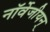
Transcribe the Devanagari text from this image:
नॉर्वेजीयन्